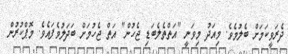
ދެރަވީކަމަށް ބެލުމެވެ. މިއަދު މިވަނީ "އަތްތެލެބަޑި ޖެހުން" އަތް ޖެހުމަށް ބަދަލުވެފައެވެ. މޮޕްކުރުން